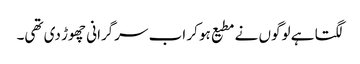
لگتا ہے لوگوں نے مطیع ہو کر اب سرگرانی چھوڑ دی تھی۔